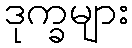
ဒုက္ခများ